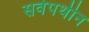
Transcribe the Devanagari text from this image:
सर्वपथीन